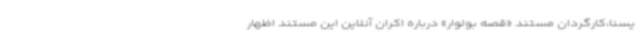
یسنا،کارگردان مستند «قصه بولوار» درباره اکران آنلاین این مستند اظهار